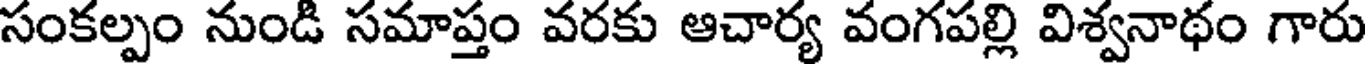
సంకల్పం నుండి సమాప్తం వరకు ఆచార్య వంగపల్లి విశ్వనాథం గారు